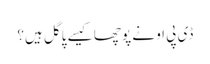
ڈی پی او نے پوچھا کیسے پاگل ہیں؟